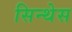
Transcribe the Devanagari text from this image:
सिन्थेस